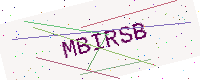
Text: MBIRSB